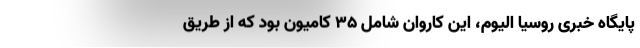
پایگاه خبری روسیا الیوم، این کاروان شامل ۳۵ کامیون بود که از طریق